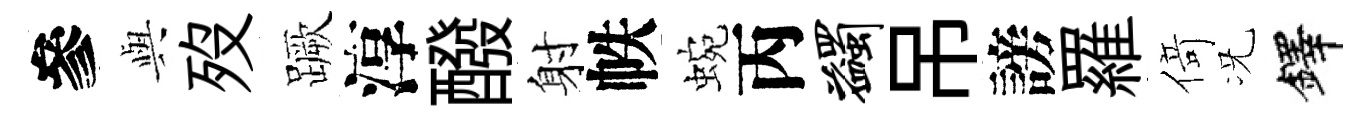
參𫤰歿蹶淳醱射帙蜿丙蠲吊謗羅𠋣况鐸